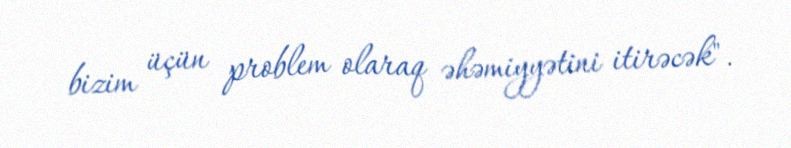
bizim üçün problem olaraq əhəmiyyətini itirəcək".